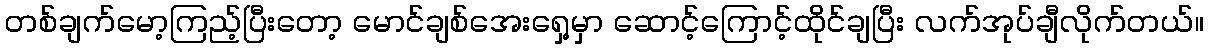
တစ်ချက်မော့ကြည့်ပြီးတော့ မောင်ချစ်အေးရှေ့မှာ ဆောင့်ကြောင့်ထိုင်ချပြီး လက်အုပ်ချီလိုက်တယ်။